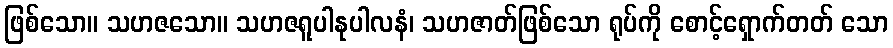
ဖြစ်သော။ သဟဇသော။ သဟဇရူပါနုပါလနံ၊ သဟဇာတ်ဖြစ်သော ရုပ်ကို စောင့်ရှောက်တတ် သော